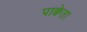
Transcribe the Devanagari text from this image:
पाक्वेता